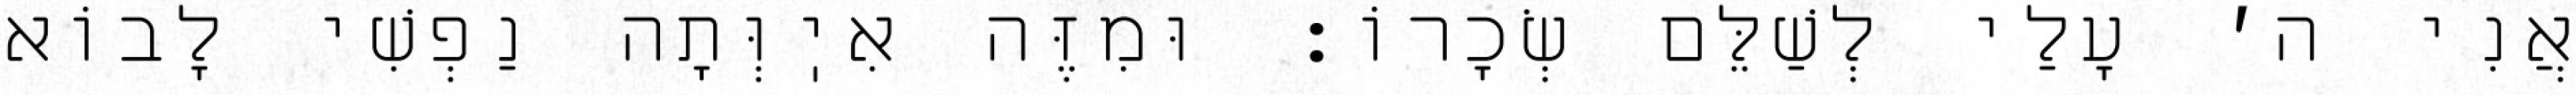
אֲנִי ה׳ עָלַי לְשַׁלֵּם שְׂכָרוֹ: וּמִזֶּה אִיֽוְּתָה נַפְשִׁי לָבוֹא